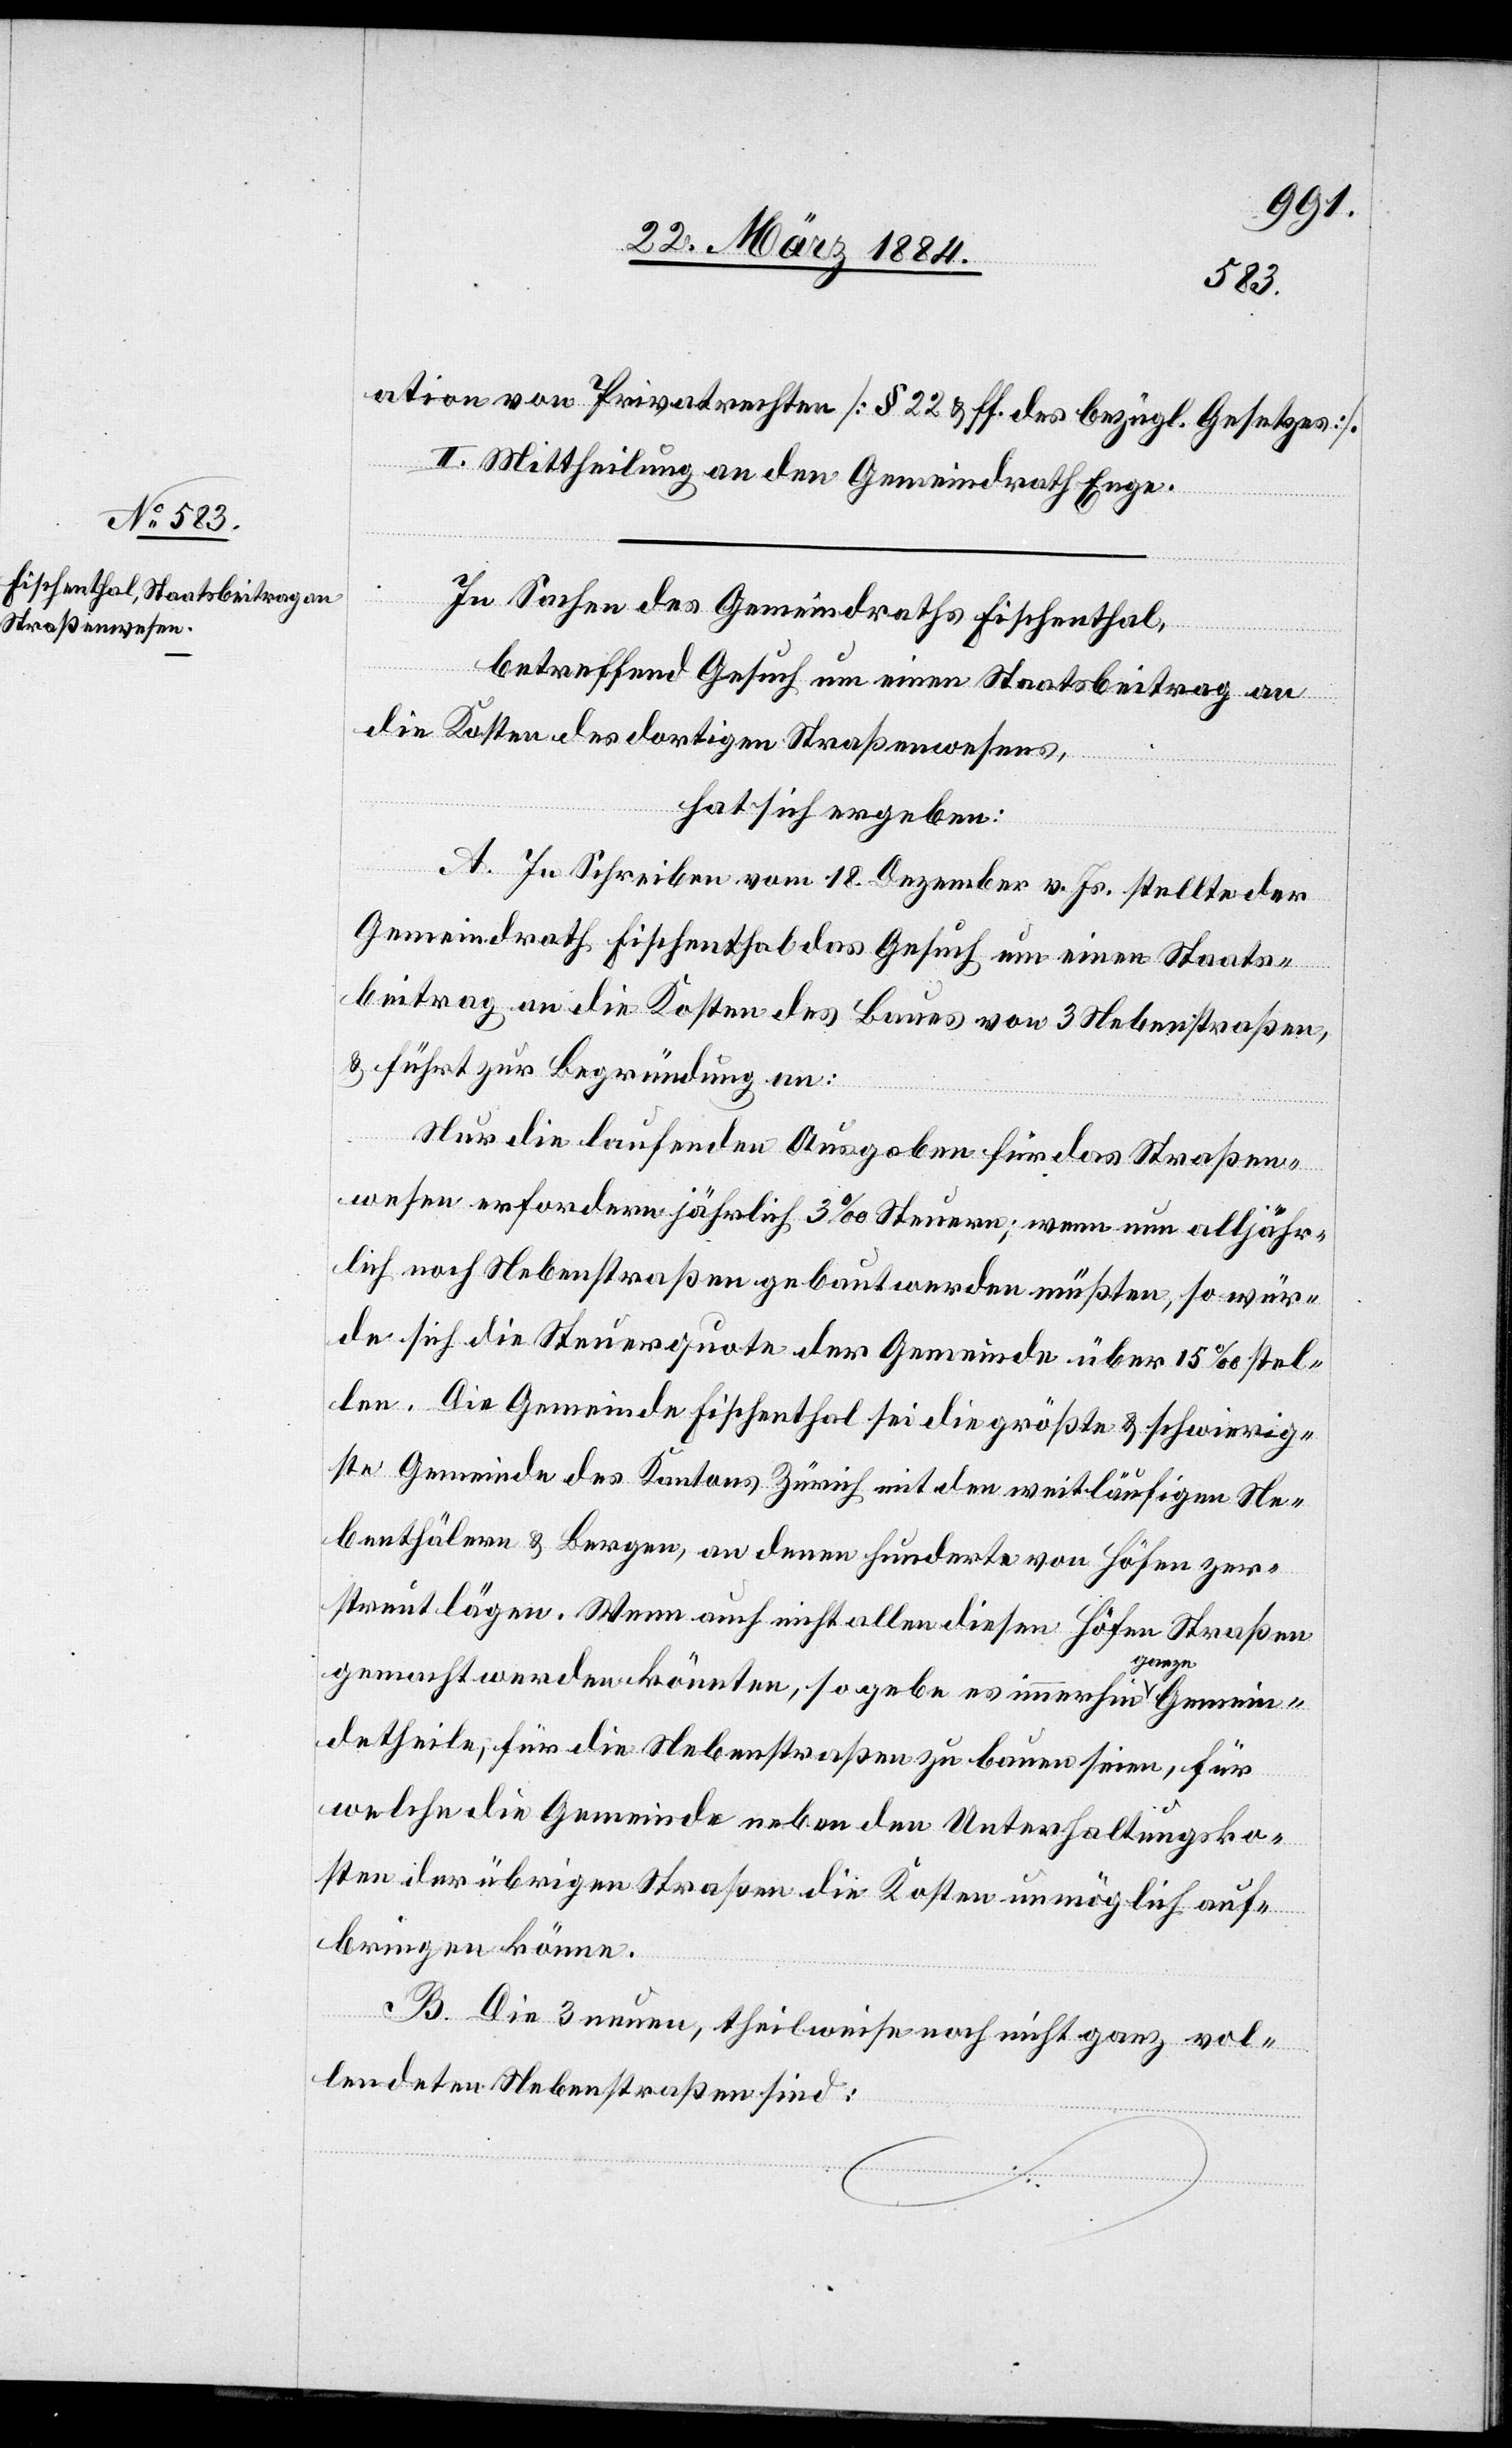
ation von Privatrechten [§ 22 & ff des bezügl. Gesetzes].
II. Mittheilung an den Gemeindrath Enge.
In Sachen des Gemeindrathes Fischenthal,
betreffend Gesuch um einen Staatsbeitrag an
die Kosten des dortigen Straßenwesens,
hat sich ergeben:
A. In Schreiben vom 18. Dezember v. Js. stellte der
Gemeindrath Fischenthal das Gesuch um einen Staats¬
beitrag an die Kosten des Baues von 3 Nebenstraßen,
& führt zur Begründung an:
Nur die laufenden Ausgaben für das Straßen¬
wesen erfordern jährlich 3‰ Steuern; wenn nun alljähr¬
lich noch Nebenstraßen gebaut werden müßten, so wür¬
de sich die Steuerquote der Gemeinde über 15‰ stel¬
len. Die Gemeinde Fischenthal sei die größte & schwierig¬
ste Gemeinde des Kantons Zürich mit den weitläufigsten Ne¬
benthälern & Bergen, an denen hunderte von Höfen zer¬
streut lägen. Wenn auch nicht allen diesen Höfen Straßen
gemacht werden könnten, so gebe es immerhin ganze Gemein¬
detheile, für die Nebenstraßen zu bauen seien, für
welche die Gemeinde neben den Unterhaltungsko¬
sten der übrigen Straßen die Kosten unmöglich auf¬
bringen könne.
B. Die 3 neuen, theilweise noch nicht ganz vol¬
lendenden Nebenstraßen sind: